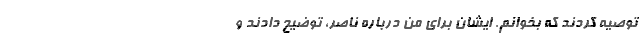
توصیه کردند که بخوانم. ‌ایشان برای من درباره ناصر، توضیح دادند و